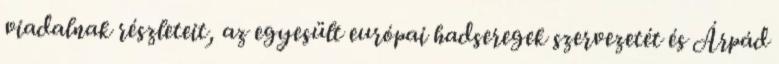
viadalnak részleteit, az egyesült európai hadseregek szervezetét és Árpád